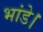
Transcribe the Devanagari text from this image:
भांडे।